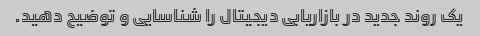
یک روند جدید در بازاریابی دیجیتال را شناسایی و توضیح دهید.